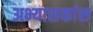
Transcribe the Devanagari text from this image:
अभ्यासकांस